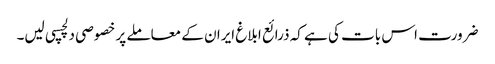
ضرورت اس بات کی ہے کہ ذرائع ابلاغ ایران کے معاملے پر خصوصی دلچسپی لیں۔